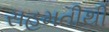
સહમતીથી